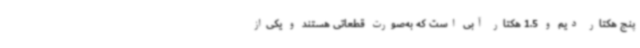
پنج هکتار دیم و 1.5 هکتار آبی است که به‌صورت قطعاتی هستند و یکی‌از